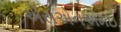
એસએનએમઇ